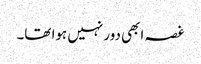
غصہ ابھی دور نہیں ہوا تھا۔